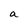
Character: a